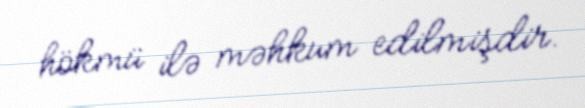
hökmü ilə məhkum edilmişdir.